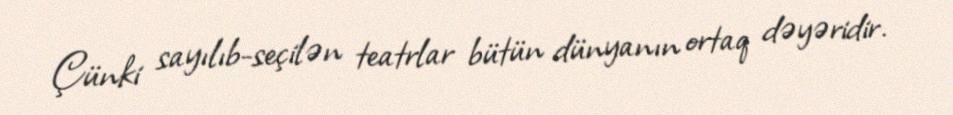
Çünki sayılıb-seçilən teatrlar bütün dünyanın ortaq dəyəridir.